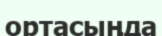
ортасыңда